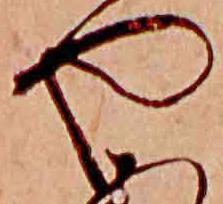
や